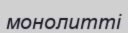
монолитті